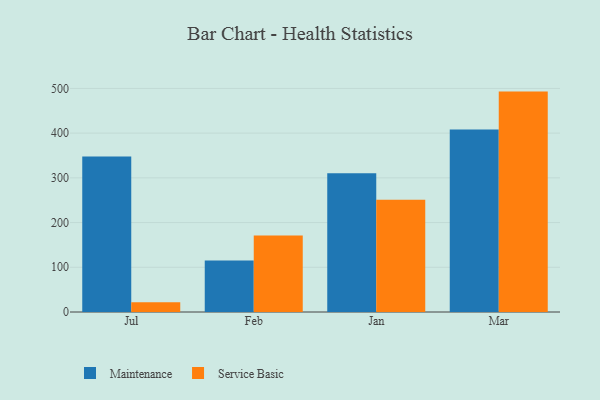
{"axis": {"x": "Month", "y": "Demand Index"}, "legend": ["Maintenance", "Service Basic"], "data": [{"x": "Jul", "y": 347.7, "type": "Maintenance"}, {"x": "Jul", "y": 22.0, "type": "Service Basic"}, {"x": "Feb", "y": 115.4, "type": "Maintenance"}, {"x": "Feb", "y": 171.0, "type": "Service Basic"}, {"x": "Jan", "y": 310.5, "type": "Maintenance"}, {"x": "Jan", "y": 251.0, "type": "Service Basic"}, {"x": "Mar", "y": 408.3, "type": "Maintenance"}, {"x": "Mar", "y": 492.9, "type": "Service Basic"}]}